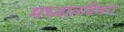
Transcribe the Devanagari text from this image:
मध्यांतविभंग